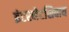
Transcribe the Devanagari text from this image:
इंटरनेटशिवाय